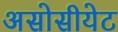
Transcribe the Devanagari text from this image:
असोसीयेट